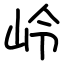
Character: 岭